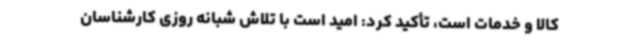
کالا و خدمات است، تأکید کرد: امید است با تلاش شبانه روزی کارشناسان